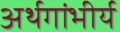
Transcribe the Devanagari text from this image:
अर्थगांभीर्य